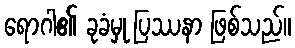
ရောဂါ၏ ခုခံမှု ပြဿနာ ဖြစ်သည်။